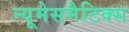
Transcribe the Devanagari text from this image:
न्यूमेसमैटिक्स